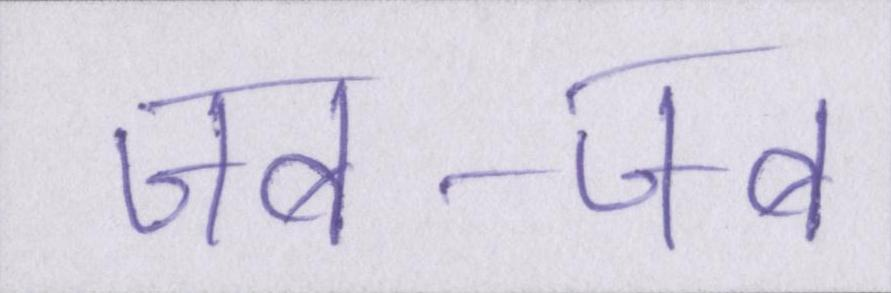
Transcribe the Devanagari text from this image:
जब-जब